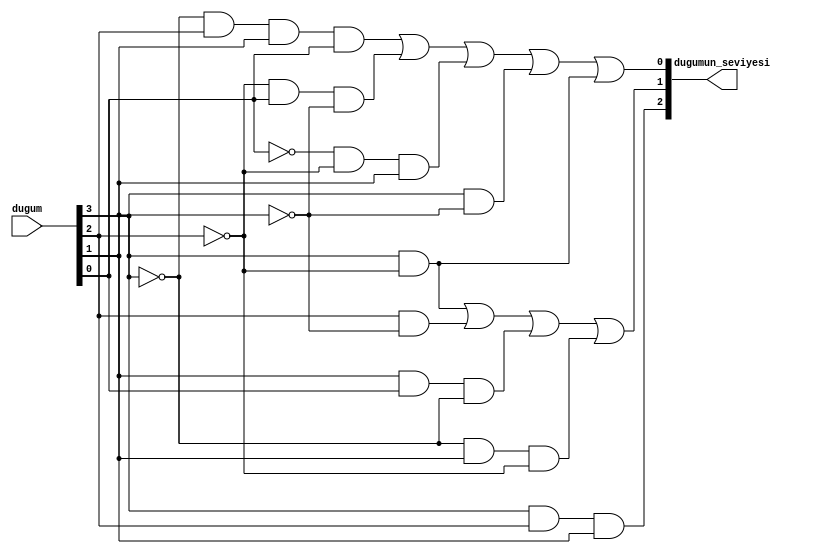
`timescale 1ns / 1ps


module seviye(

    input [3:0] dugum,
    output [2:0] dugumun_seviyesi 

    );
    
    wire k1;
    and(dugumun_seviyesi[2],dugum[3],dugum[2],dugum[1]);
    
    
    wire k10,k2,k3,k4,k5,k6,k7,k8,k9;
    not(k2,dugum[2]);
    and(k7,dugum[3],k2);
    
    not(k3,dugum[1]);
    and(k8,dugum[2],k3);
    
    not(k4,dugum[3]);
    and(k9,dugum[1],dugum[0],k4);
    
    not(k5,dugum[3]);
    not(k6,dugum[2]);
    and(k10,k5,dugum[1],k6);
    or(dugumun_seviyesi[1],k7,k8,k9,k10);
    
    
    wire k11,k12,k13,k14,k15,k16,k17,k18,k19,k20,k21,k22;
    not(k11,dugum[2]);
    and(k18,dugum[3],k11);
    
    not(k12,dugum[1]);
    and(k19,dugum[3],k12);
    
    not(k13,dugum[0]);
    not(k14,dugum[2]);
    and(k20,k13,k14,dugum[1]);
    
    not(k15,dugum[2]);
    not(k16,dugum[1]);
    and(k21,k15,dugum[0],k16);
    
    not(k17,dugum[3]);
    and(k22,k17,dugum[2],dugum[1],dugum[0]);
    
    or(dugumun_seviyesi[0],k22,k21,k20,k19,k18);
    
    
    
    
endmodule